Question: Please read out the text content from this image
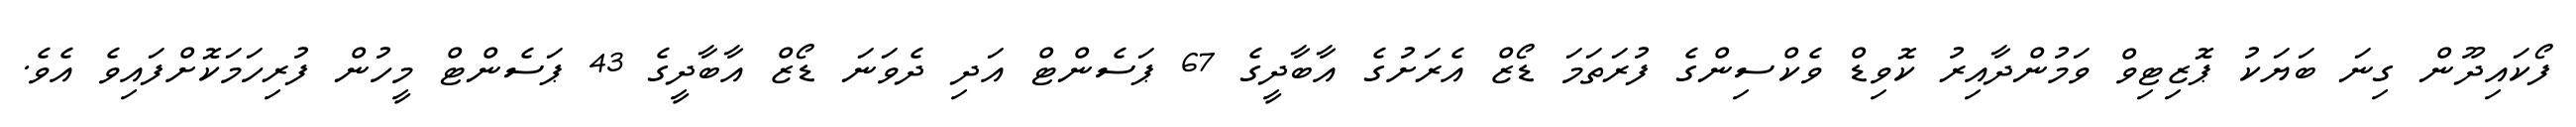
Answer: ފޯކައިދޫން ގިނަ ބަޔަކު ޕޮޒިޓިވް ވަމުންދާއިރު ކޮވިޑް ވެކްސިންގެ ފުރަތަމަ ޑޯޒް އެރަށުގެ އާބާދީގެ 67 ޕަސެންޓް އަދި ދެވަނަ ޑޯޒް އާބާދީގެ 43 ޕަސެންޓް މީހުން ފުރިހަމަކޮށްފައިވެ އެވެ.